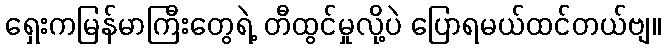
ရှေးကမြန်မာကြီးတွေရဲ့ တီထွင်မှုလို့ပဲ ပြောရမယ်ထင်တယ်ဗျ။